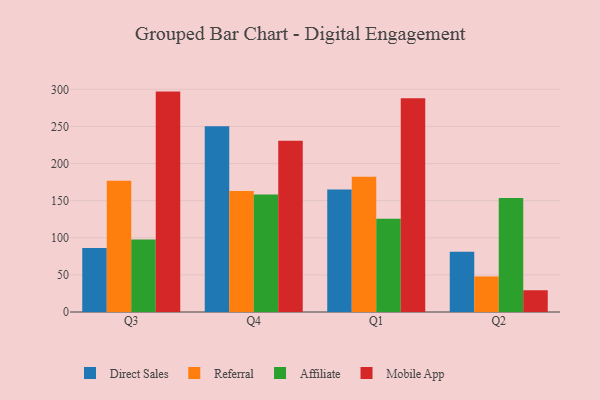
{"axis": {"x": "Quarter", "y": "Satisfaction Score"}, "legend": ["Affiliate", "Direct Sales", "Mobile App", "Referral"], "data": [{"x": "Q3", "y": 86.3, "type": "Direct Sales"}, {"x": "Q3", "y": 176.7, "type": "Referral"}, {"x": "Q3", "y": 97.6, "type": "Affiliate"}, {"x": "Q3", "y": 296.9, "type": "Mobile App"}, {"x": "Q4", "y": 250.2, "type": "Direct Sales"}, {"x": "Q4", "y": 162.9, "type": "Referral"}, {"x": "Q4", "y": 158.4, "type": "Affiliate"}, {"x": "Q4", "y": 230.6, "type": "Mobile App"}, {"x": "Q1", "y": 164.9, "type": "Direct Sales"}, {"x": "Q1", "y": 182.3, "type": "Referral"}, {"x": "Q1", "y": 125.7, "type": "Affiliate"}, {"x": "Q1", "y": 287.8, "type": "Mobile App"}, {"x": "Q2", "y": 81.3, "type": "Direct Sales"}, {"x": "Q2", "y": 47.9, "type": "Referral"}, {"x": "Q2", "y": 153.7, "type": "Affiliate"}, {"x": "Q2", "y": 29.3, "type": "Mobile App"}]}